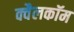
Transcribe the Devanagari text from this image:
क्वैलकॉम